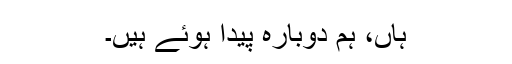
ہاں، ہم دوبارہ پیدا ہوئے ہیں۔